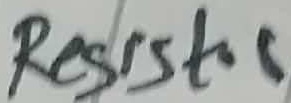
Text: Resistor